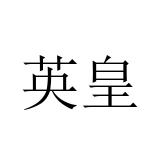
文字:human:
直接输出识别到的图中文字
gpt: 英皇